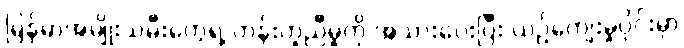
မြန်မာအမျိုးသမီးတွေရဲ့ တန်းတူညီမှုကို အသားပေးပြီး ယဉ်ကျေးမှုပိုင်းမှာ